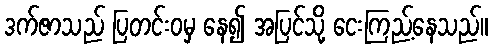
ဒက်ဇာသည် ပြတင်းဝမှ နေ၍ အပြင်သို့ ငေးကြည့်နေသည်။